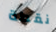
نقطة